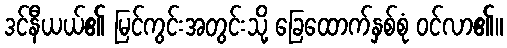
ဒင်နီယယ်၏ မြင်ကွင်းအတွင်းသို့ ခြေထောက်နှစ်စုံ ဝင်လာ၏။